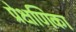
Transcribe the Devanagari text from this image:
प्रेक्षणिका